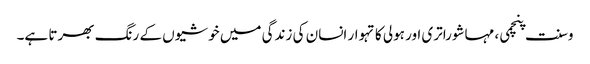
وسنت پنچمی، مہاشوراتری اور ہولی کا تہوار انسان کی زندگی میں خوشیوں کے رنگ بھرتا ہے۔